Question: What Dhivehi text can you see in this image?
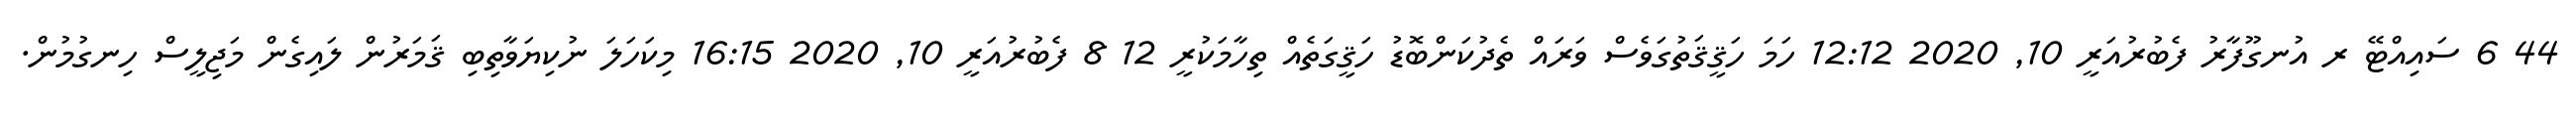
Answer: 44 6 ސައިއްޓޭ ރ އުނގޫފާރު ފެބުރުއަރީ 10, 2020 12:12 ހަމަ ހަޤީޤަތުގަވެސް ވަރައް ތެދުކަންބޮޑު ހަޤީގަތެއް ތިހާމަކުރީ 12 8 ފެބުރުއަރީ 10, 2020 16:15 މިކަހަލަ ނުކިޔަވާތިބި ޤަމަރުން ލައިގެން މަޖިލީސް ހިނގުމުން.